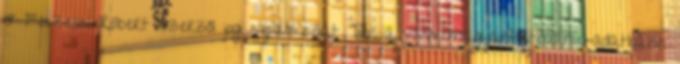
» Feczesin Róbert Szerzői jogi nyilatkozat Tilos a www.magyarfutball.hu-adatbázis